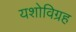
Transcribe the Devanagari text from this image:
यशोविग्रह